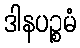
ဒါနပဉ္စမံ